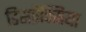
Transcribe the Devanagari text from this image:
डिसप्रैक्सिया